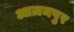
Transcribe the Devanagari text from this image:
आज़मपुर